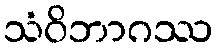
သံဝိဘာဂဿ